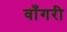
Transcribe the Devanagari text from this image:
वाँगरी